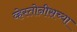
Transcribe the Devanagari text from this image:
व्हेस्तोनीसच्या